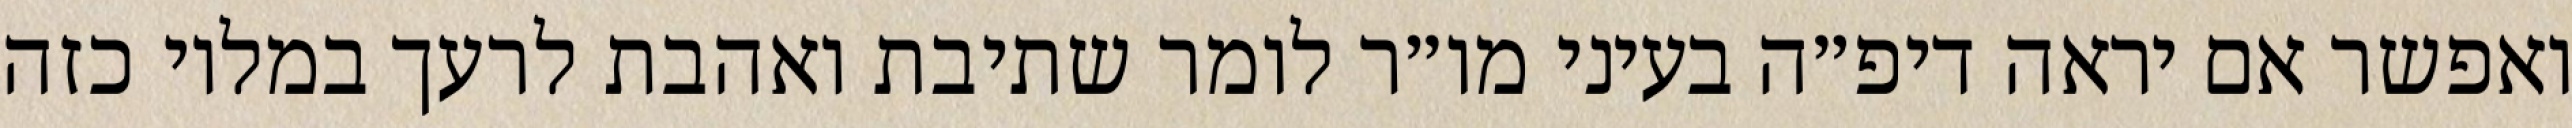
ואפשר אם יראה דיפ״ה בעיני מו״ר לומר שתיבת ואהבת לרעך במלוי כזה